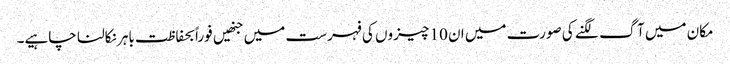
مکان میں آگ لگنے کی صورت میں ان 10 چیزوں کی فہرست میں جنھیں فوراً بحفاظت باہر نکالنا چاہیے۔